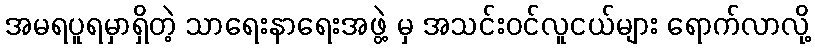
အမရပူရမှာရှိတဲ့ သာရေးနာရေးအဖွဲ့ မှ အသင်းဝင်လူငယ်များ ရောက်လာလို့